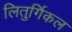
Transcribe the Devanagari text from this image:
लितुर्गिकल